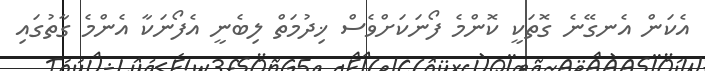
އެކަން އެނގޭނެ ގޮތަކީ ކޮންމެ ފޯނަކަށްވެސް ޚިދުމަތް ލިބެނީ އެފޯނަކާ އެންމެ ގާތުގައި